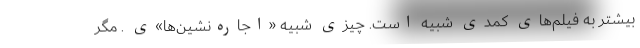
بیشتر به فیلم‌های کمدی شبیه است. چیزی شبیه «اجاره‌نشین‌ها»ی . مگر